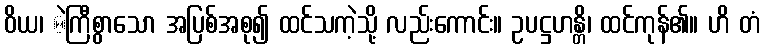
ဝိယ၊ ဲကြီစွာသော အပြစ်အစု၍ ထင်သကဲ့သို့ လည်းကောင်း။ ဥပဋ္ဌဟန္တိ၊ ထင်ကုန်၏။ ဟိ တံ